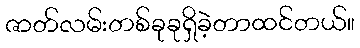
ဇာတ်လမ်းတစ်ခုခုရှိခဲ့တာထင်တယ်။